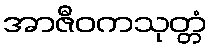
အာဇီဝကသုတ္တံ